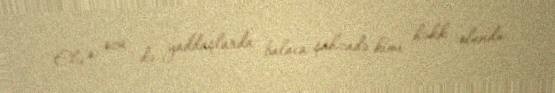
Elə o özü də yaddaşlarda balaca şahzadə kimi həkk olundu..